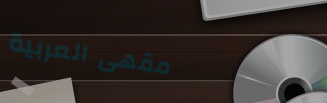
مقهى العربية